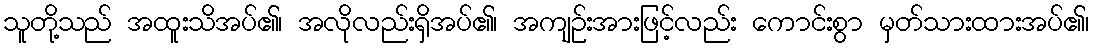
သူတို့သည် အထူးသိအပ်၏၊ အလိုလည်းရှိအပ်၏၊ အကျဉ်းအားဖြင့်လည်း ကောင်းစွာ မှတ်သားထားအပ်၏၊